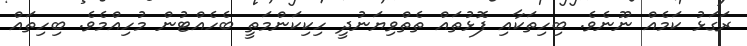
ރަގަޅު ކަމެއް ނޫނެވެ. ބިހިތަކާއި ފޮޅުތައް ތެތްވިޔަނުދީ ހިކިކަންމަތީ ބެހެއްޓުން މުހިއްމެވެ. ބިހިތައް